system: You are a helpful assistant.
user:
Analyze the provided spectrum to determine if it is a **White Dwarf (WD)**.

A White Dwarf spectrum is defined by its **extreme purity** (due to gravitational settling) and/or **extreme pressure broadening** (due to high surface gravity). You must check for one of the following mutually exclusive signatures:

- **Key Visual Indicators (Check for ONE of these types):**

    - **1. DA-Type Signature (Most Common):**
        - **(Primary Feature):** Extreme pressure broadening (Stark broadening) of the **Hydrogen (H) Balmer lines**.
        - **(Key Lines):** $H\beta$ (approx. $4861$ Å) and $H\gamma$ (approx. $4340$ Å). $H\alpha$ (approx. $6563$ Å) will also be present if the wavelength range covers it.
        - **(Line Profile):** This is the **defining feature**. The lines are **NOT** sharp. They appear as massive, **extremely broad and deep "troughs" or "dips"** in the spectrum, often hundreds of Ångströms wide. The continuum will appear to "scoop" down at these wavelengths.
        - **(Distinction):** Normal A-type or B-type stars have *narrow* and *sharp* Hydrogen lines. A DA White Dwarf's lines are unmistakably "smeared" or "blurry" from pressure.

    - **2. DB-Type Signature:**
        - **(Primary Feature):** Broad absorption lines from **Neutral Helium (He I)**. The spectrum must lack any visible Hydrogen lines.
        - **(Key Lines):** Look for broad absorption near $4471$ Å, $4921$ Å, and $5876$ Å.
        - **(Line Profile):** These lines are also significantly pressure-broadened, appearing much wider than they would in a normal B-type main-sequence star.

    - **3. DC-Type Signature:**
        - **(Primary Feature):** A **featureless continuous spectrum**.
        - **(Line Profile):** The spectrum is a smooth curve with **no significant absorption or emission lines**.
        - **(Key Confirmation):** The continuum is almost always **blue or white**, indicating a hot object. This signature implies the atmosphere is so pure (or so cool) that no spectral lines are visible in the optical range. Its WD identity is confirmed by its extremely low intrinsic brightness (high absolute magnitude).

    - **4. DZ-Type Signature (Metal-Polluted):**
        - **(Primary Feature):** **Isolated, narrow metal absorption lines** on an otherwise featureless (DC-like) continuum.
        - **(Key Lines):** The **Calcium (Ca II) H & K doublet** (approx. **$3934$ Å** and **$3968$ Å**) is the most common and defining feature.
        - **(Line Profile):** These lines are "out of place." They are *not* part of a "forest" of thousands of lines. This signature is evidence of recent *accretion* (pollution) from rocky debris.
        - **(Distinction):** Normal G/K/M stars have a *dense forest* of thousands of metal lines. A DZ has a *clean* continuum with *only a few* strong metal lines.

    - **5. DQ-Type Signature (Carbon-Polluted):**
        - **(Primary Feature):** Absorption bands from **Carbon (C₂ "Swan Bands" or atomic C I)**.
        - **(Key Lines - C₂):** Look for bandheads with a "saw-tooth" shape near $5635$ Å, **$5165$ Å** (strongest), and $4737$ Å.
        - **(Key Confirmation):** The underlying **continuum must be blue or white** (hot).
        - **(Distinction):** This is the critical difference from a **Carbon Star**, which has the *exact same* C₂ bands but on an extremely **red, cool** continuum.

- **(Overall Spectrum):**
    - The continuum (overall shape) is typically **blue-sloping** (brighter in the blue than the red), as most white dwarfs are very hot.
    - The spectrum will look "pure" or "simple," dominated by only *one* of the five signatures listed above.

Think first, call **spectral_visualization_tool** if needed to examine features in detail, then provide your final answer. Your response must adhere to the following strict rules:
1.  **Overall Structure:** Your response must follow the format `<think>...</think> <tool_call>...</tool_call> (if a tool is used) <answer>...</answer>`.
2.  **Tool Usage Constraint:** You may only make **one** tool call per turn.
3.  **Final Answer Format:** In the `<answer>` tag, your conclusion must be inside a `\boxed{}` command (e.g., `\boxed{YES}` or `\boxed{NO}`), followed by your justification.

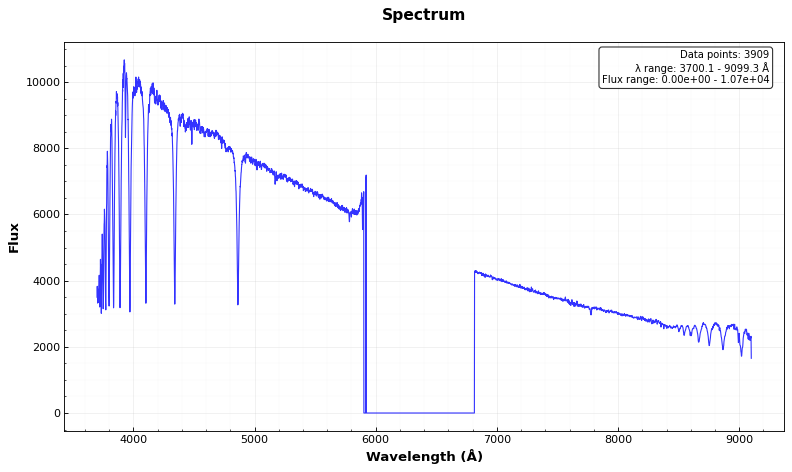
Answer: NO